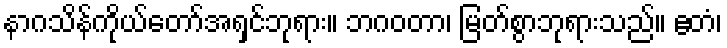
နာဂသိန်ကိုယ်တော်အရှင်ဘုရား။ ဘဂဝတာ၊ မြတ်စွာဘုရားသည်။ ဧတံ၊